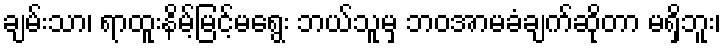
ချမ်းသာ၊ ရာထူးနိမ့်မြင့်မရွေး ဘယ်သူမှ ဘဝအာမခံချက်ဆိုတာ မရှိဘူး၊